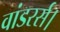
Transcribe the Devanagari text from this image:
वांडरर्स।